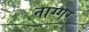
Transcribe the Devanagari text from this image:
नाग्गर